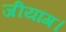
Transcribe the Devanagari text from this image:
जीयांग।